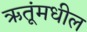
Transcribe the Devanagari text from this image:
ऋतूंमधील